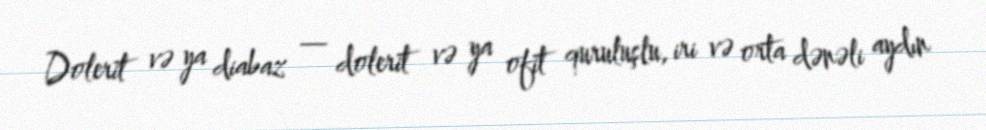
Dolerit və ya diabaz — dolerit və ya ofit quruluşlu, iri və orta dənəli aydın